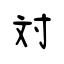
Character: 対